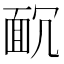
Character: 𩈌